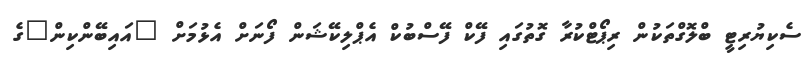
ސެކިޔުރިޓީ ބްލޮގްތަކުން ރިޕޯޓްކުރާ ގޮތުގައި ފޭކް ފޭސްބުކް އެޕްލިކޭޝަން ފޯނަށް އެޅުމަށް "އައިބޭންކިން"ގެ